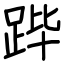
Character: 跸